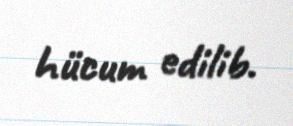
hücum edilib.